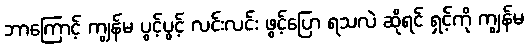
ဘာကြောင့် ကျွန်မ ပွင့်ပွင့် လင်းလင်း ဖွင့်ပြော ရသလဲ ဆိုရင် ရှင့်ကို ကျွန်မ